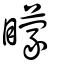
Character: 矇